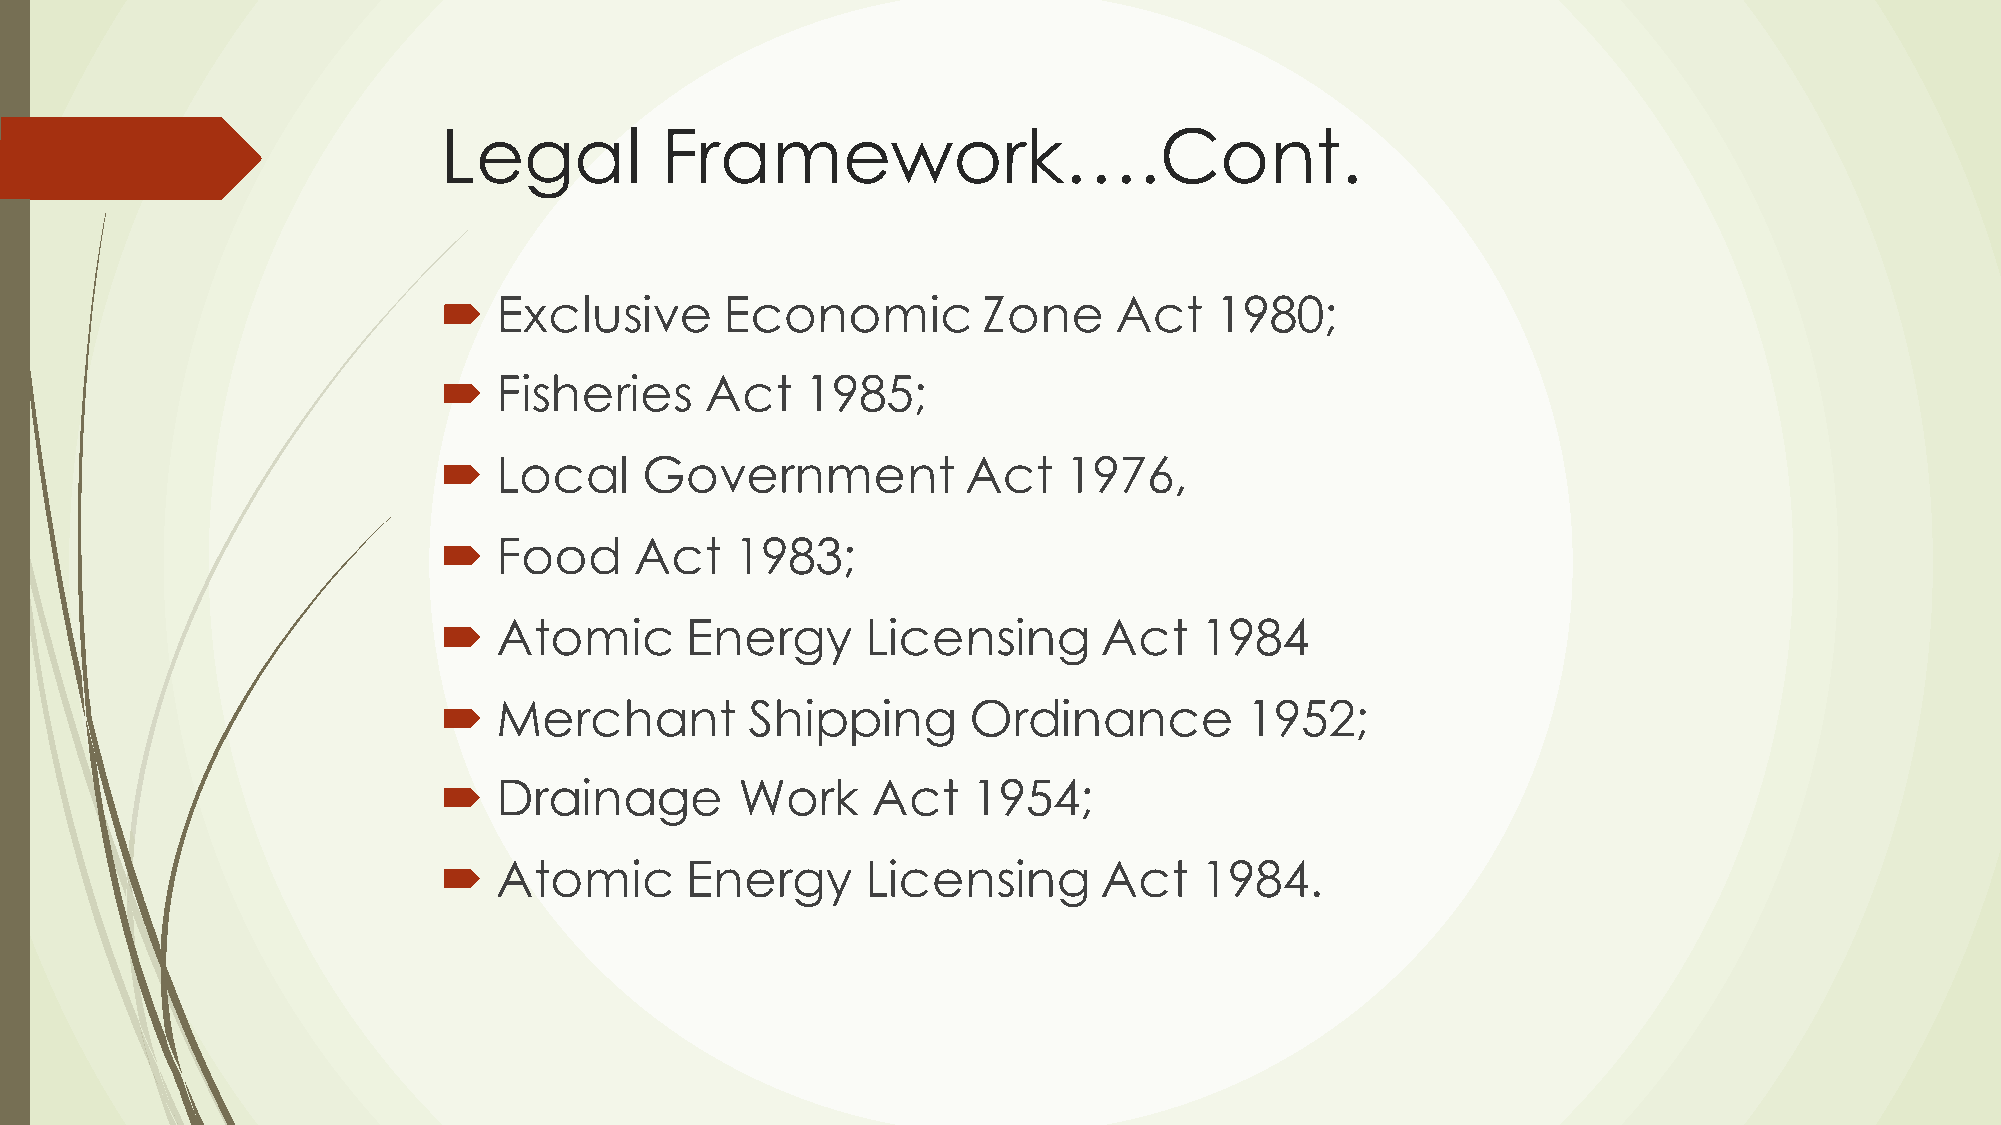
Legal          Framework….Cont.
 ´  Exclusive      Economic         Zone     Act   1980;
 ´  Fisheries     Act   1985;
 ´  Local    Government            Act   1976,
 ´  Food     Act    1983;
 ´  Atomic      Energy      Licensing       Act   1984
 ´  Merchant         Shipping      Ordinance         1952;
 ´  Drainage        Work     Act   1954;
 ´  Atomic      Energy      Licensing       Act   1984.